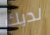
لديك